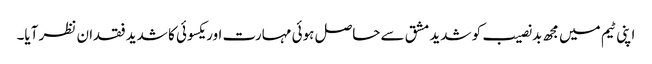
اپنی ٹیم میں مجھ بدنصیب کو شدید مشق سے حاصل ہوئی مہارت اور یکسوئی کا شدید فقدان نظر آیا۔